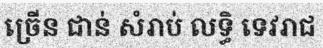
ច្រើន ជាន់ សំរាប់ លទ្ធិ ទេវរាជ